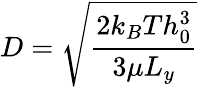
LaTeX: D=\sqrt{\frac{2k_{B}Th_{0}^{3}}{3\mu L_{y}}}